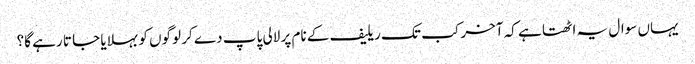
یہاں سوال یہ اٹھتا ہے کہ آخر کب تک ریلیف کے نام پر لالی پاپ دے کر لوگوں کو بہلایا جا تا رہے گا؟